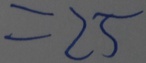
= 2 5